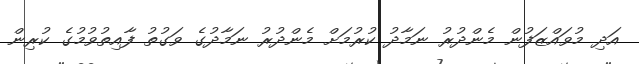
އަދި މުވައްޒަފުން މެންދުރު ނަމާދު ކުރުމަށް މެންދުރު ނަމާދުގެ ވަގުތު ފާއިތުވުމުގެ ކުރިން